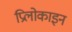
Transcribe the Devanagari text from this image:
प्रिलोकाइन